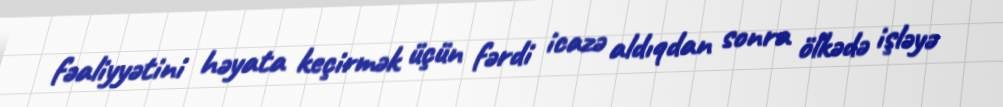
fəaliyyətini həyata keçirmək üçün fərdi icazə aldıqdan sonra ölkədə işləyə